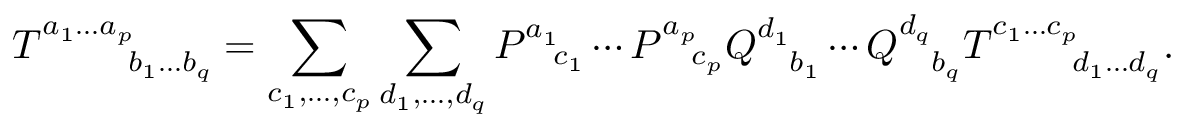
T _ { \phantom { a _ { 1 } \ldots a _ { p } } b _ { 1 } \ldots b _ { q } } ^ { a _ { 1 } \ldots a _ { p } } = \sum _ { c _ { 1 } , \dots , c _ { p } } \sum _ { d _ { 1 } , \dots , d _ { q } } P _ { \phantom { a _ { 1 } } c _ { 1 } } ^ { a _ { 1 } } \cdots P _ { \phantom { a _ { p } } c _ { p } } ^ { a _ { p } } Q _ { \phantom { d _ { 1 } } b _ { 1 } } ^ { d _ { 1 } } \cdots Q _ { \phantom { d _ { q } } b _ { q } } ^ { d _ { q } } T _ { \phantom { c _ { 1 } \ldots c _ { p } } d _ { 1 } \ldots d _ { q } } ^ { c _ { 1 } \ldots c _ { p } } .